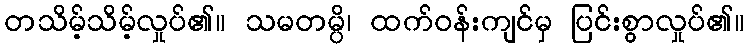
တသိမ့်သိမ့်လှုပ်၏။ သမတမ္ပိ၊ ထက်ဝန်းကျင်မှ ပြင်းစွာလှုပ်၏။